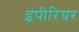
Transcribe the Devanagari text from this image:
इंपीरियर